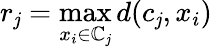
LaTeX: r_{\mathit{j}}=\operatorname*{max}_{x_{i}\in\mathbb{C}_{\mathit{j}}}d(c_{\mathit{j}},x_{i})